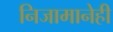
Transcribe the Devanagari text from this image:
निजामानेही